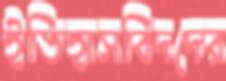
ইতিহাসবিদদের